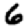
Digit: 6